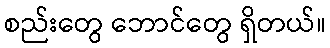
စည်းတွေ ဘောင်တွေ ရှိတယ်။